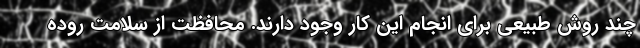
چند روش طبیعی برای انجام این کار وجود دارند. محافظت از سلامت روده